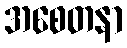
အစေတနာ